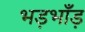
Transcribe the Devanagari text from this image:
भड़भाँड़